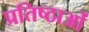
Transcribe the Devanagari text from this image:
प्रतिष्ठाओं